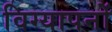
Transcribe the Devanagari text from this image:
विग्यापनों